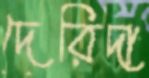
দেরিদা